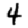
Digit: 4